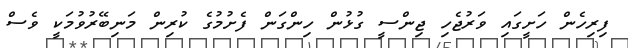
ފިރިހެން ހަށީގައި ވަރުޖެހި ޖިންސީ ގުޅުން ހިންގަން ފެށުމުގެ ކުރިން މަނިބޭރުވުމަކީ ވެސް